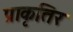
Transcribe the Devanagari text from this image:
प्राकृतिर